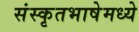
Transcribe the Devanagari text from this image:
संस्कृतभाषेमध्ये